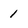
Character: 1